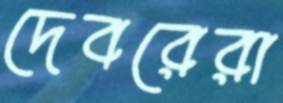
দেবরেরা